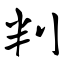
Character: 判